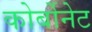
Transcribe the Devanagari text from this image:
कोर्बोनेट